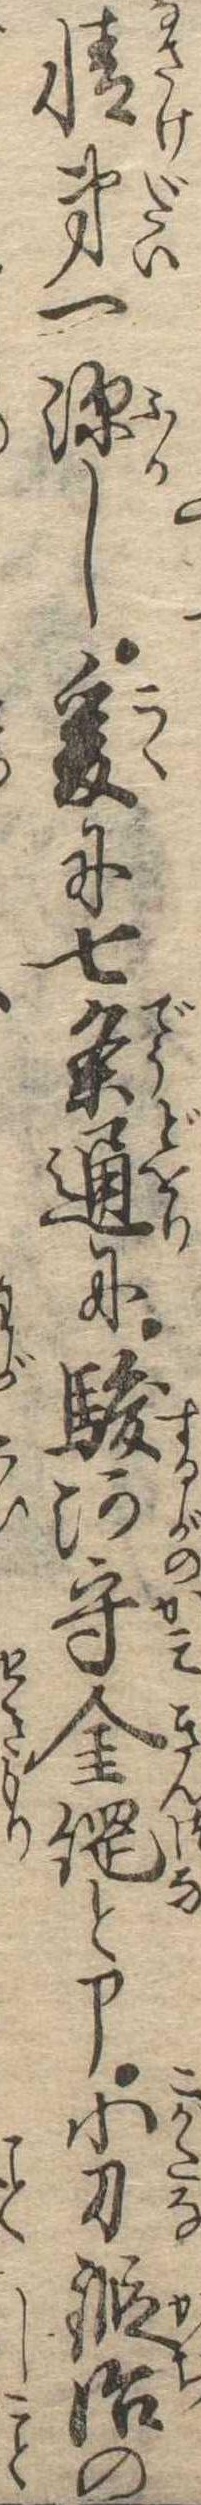
情第一深し爰に七条通に駿河守金綱と申小刀鍛冶の